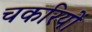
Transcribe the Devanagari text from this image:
चकरियों